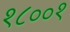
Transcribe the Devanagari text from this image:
१८००१